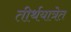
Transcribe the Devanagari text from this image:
तीर्थयात्रेत